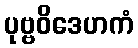
ပုဗ္ဗဝိဒေဟကံ